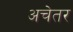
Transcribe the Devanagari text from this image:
अचेतर